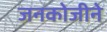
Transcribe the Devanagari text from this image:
जनकोजीने